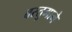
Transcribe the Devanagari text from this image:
वस्तुमाने